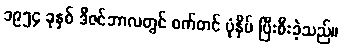
၁၉၅၄ ခုနှစ် ဒီဇင်ဘာလတွင် စက်တင် ပုံနှိပ် ပြီးစီးခဲ့သည်။